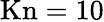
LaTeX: \mathrm{Kn}=10